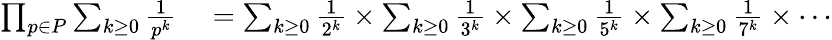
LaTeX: \begin{array}{rl}{\prod_{p\in P}\sum_{k\geq 0}{\frac{1}{p^{k}}}}&{{}=\sum_{k\geq 0}{\frac{1}{2^{k}}}\times\sum_{k\geq 0}{\frac{1}{3^{k}}}\times\sum_{k\geq 0}{\frac{1}{5^{k}}}\times\sum_{k\geq 0}{\frac{1}{7^{k}}}\times\cdots}\end{array}